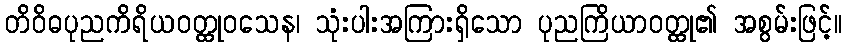
တိဝိဓပုညကိရိယဝတ္ထုဝသေန၊ သုံးပါးအကြားရှိသော ပုညကြိယာဝတ္ထု၏ အစွမ်းဖြင့်။